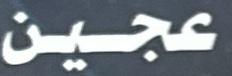
عجين